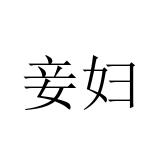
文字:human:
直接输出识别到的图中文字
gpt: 妾妇